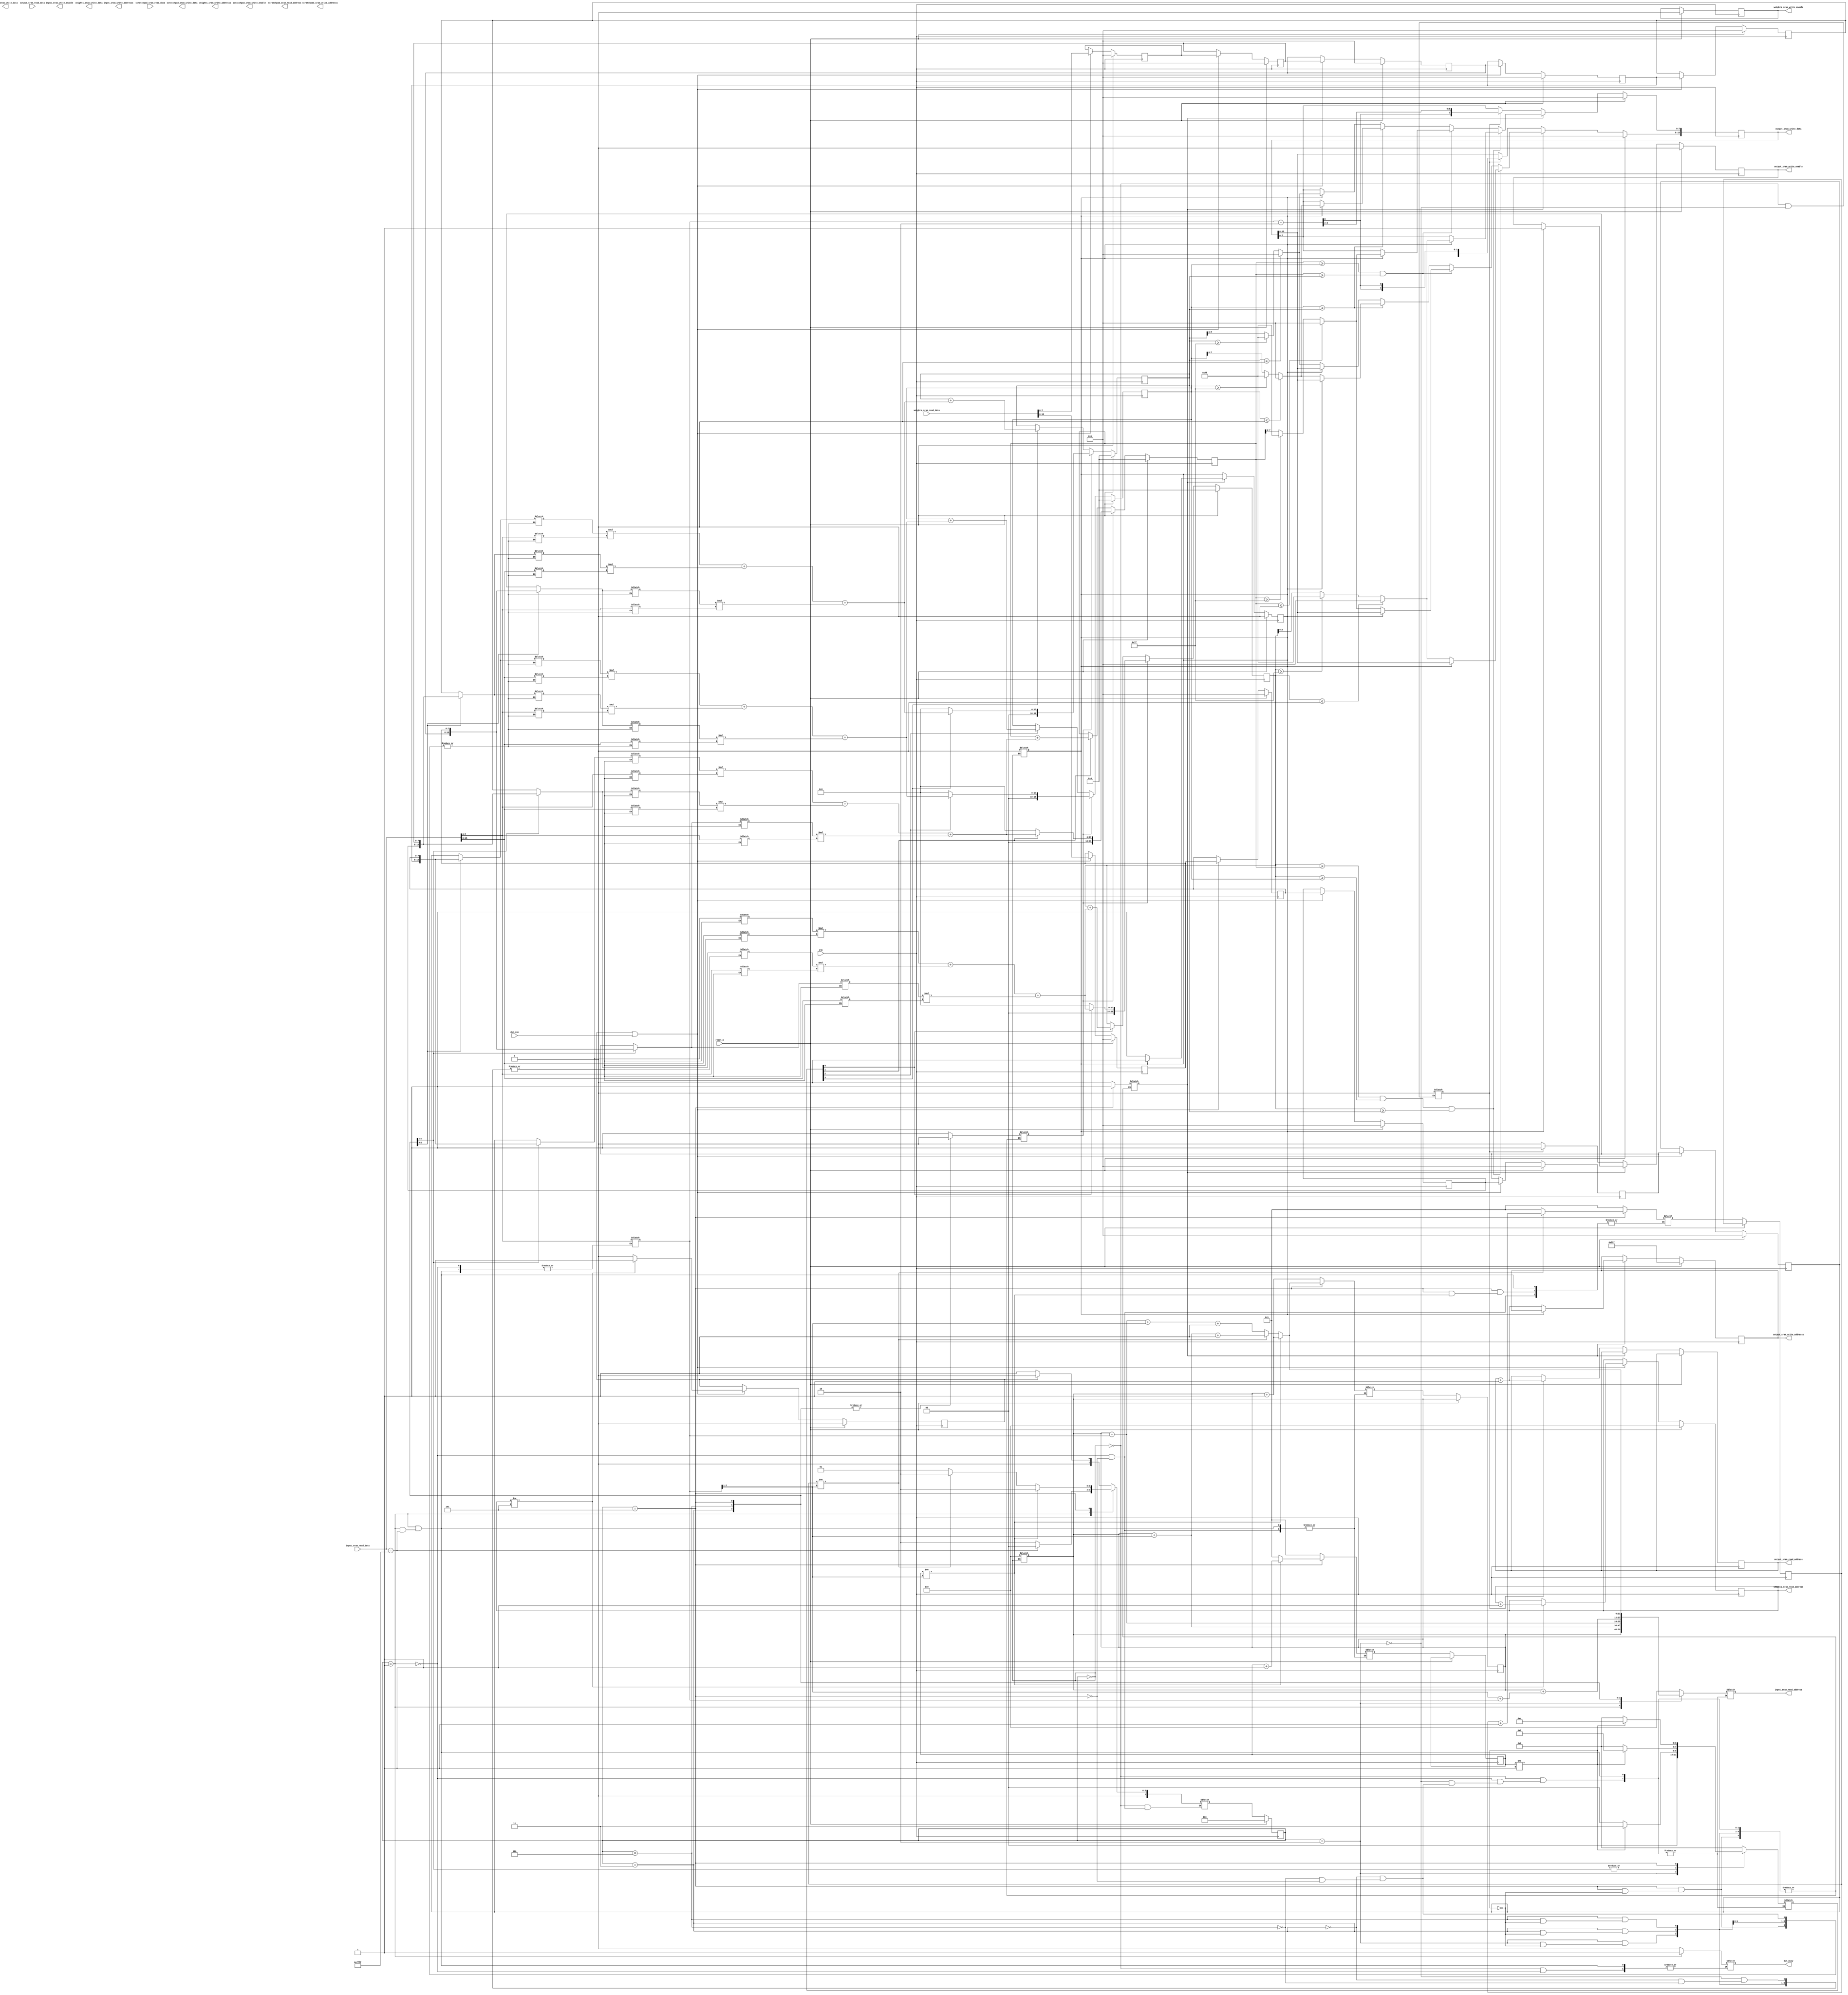
module MyDesign (
//---------------------------------------------------------------------------
//Control signals
  input   wire dut_run                    ,
  output  reg dut_busy                   ,
  input   wire reset_b                    ,
  input   wire clk                        ,

//---------------------------------------------------------------------------
//Input SRAM interface
  output reg        input_sram_write_enable    ,
  output reg [11:0] input_sram_write_addresss  ,
  output reg [15:0] input_sram_write_data      ,
  output reg [11:0] input_sram_read_address    ,
  input wire [15:0] input_sram_read_data       ,

//---------------------------------------------------------------------------
//Output SRAM interface
  output reg        output_sram_write_enable    ,
  output reg [11:0] output_sram_write_addresss   ,
  output reg [15:0] output_sram_write_data      ,
  output reg [11:0] output_sram_read_address    ,
  input wire [15:0] output_sram_read_data       ,

//---------------------------------------------------------------------------
//Scratchpad SRAM interface
  output reg        scratchpad_sram_write_enable    ,
  output reg [11:0] scratchpad_sram_write_addresss   ,
  output reg [15:0] scratchpad_sram_write_data      ,
  output reg [11:0] scratchpad_sram_read_address    ,
  input wire [15:0] scratchpad_sram_read_data       ,

//---------------------------------------------------------------------------
//Weights SRAM interface
  output reg        weights_sram_write_enable    ,
  output reg [11:0] weights_sram_write_addresss   ,
  output reg [15:0] weights_sram_write_data      ,
  output reg [11:0] weights_sram_read_address    ,
  input wire [15:0] weights_sram_read_data

);

//For General Operation~~~~~~~~~~~~~~~~~~~~~~~~~~
// parameter [2:0] //synopsys enum states
//   S0 = 3'b000, //Idle
//   S1 = 3'b001, //Init
//   S2 = 3'b010, // Conv&pooling
//   S4 = 3'b11, //Fully Conn
//   S5 = 3'b100; //Fin (necessary?)
// reg [2:0] current_state, next_state;


// For Convolution~~~~~~~~~~~~~~~~~~~~~~~~~~~~~~~


reg [7:0] N, row_accum, row_accum_next, col_accum, col_accum_next;
reg [11:0] target_origin, target_origin_next;
reg [2:0] state, next_state;
reg [7:0] input_00,input_10,input_20,input_30,input_01,input_11,input_21,input_31,input_in_00,input_in_10,input_in_20,input_in_30,input_in_01,input_in_11,input_in_21,input_in_31; //saves 2x4 matrix of inputs as they will be reused shortly
reg [19:0] conv_acc00 ,conv_acc01 ,conv_acc10 ,conv_acc11;
wire [19:0] conv_acc_in00 ,conv_acc_in01 ,conv_acc_in10 ,conv_acc_in11;
reg [7:0] k00,k01,k02,k10,k11,k12,k20,k21,k22,k30;//kernal
reg H_L_pool; //flag to show whether pool should be written to high or low order bits of scratch SRAM
reg conv_fin;
wire [15:0] mulout0, mulout1, mulout2, mulout3, mulout4, mulout5, mulout6, mulout7, mulout8, mulout9, mulout10, mulout11;// 12 multipliers used
reg [7:0] mulin00, mulin01, mulin10, mulin11, mulin20, mulin21, mulin30, mulin31, mulin40, mulin41, mulin50, mulin51, mulin60, mulin61, mulin70, mulin71, mulin80, mulin81, mulin90, mulin91, mulin100, mulin101, mulin110, mulin111;
reg [3:0] convolution_active; //activates convolutions on high;
reg convolution_reset;
reg pool, write_N;
reg startup;
wire [1:0] target_incr;
wire [7:0] high_order_input,low_order_input;








// always@(posedge clk) begin
//   if(!reset) current_state <= S0;
//   else current_state <= next_state;
// end
//
// always@(*) begin
//   casex (current_state)
//     S0 : begin
//
//     end
//     S1 : begin
//
//     end
//     S2 : begin
//
//     end
//     S3 : begin
//
//     endv
//     S4 : begin
//
//     end
//     S5 : begin
//
//     end
//   endcase
// end



//Initialization:~~~~~~~~~~~~~~~~~~~~~~~~~~~~~~~~~
//Reads N, kernal, and requests first row0 for conv





//Convolution:~~~~~~~~~~~~~~~~~~~~~~~~~~~~~~~~~~~~

// always@(*) begin Shouldn't need this anymore
//   case (substate)
//     2'b00 : input_sram_read_address = target_origin + (N>>2); //request row1
//     2'b01 : input_sram_read_address = target_origin + (N); //request row2
//     2'b10 : input_sram_read_address = target_origin + (N>>2) + N; //request row3
//     2'b11 : input_sram_read_address = target_origin; //request row0 (must be initialized here!!)
//   endcase
// end


//input processor
assign high_order_input = input_sram_read_data[15:8];
assign low_order_input = input_sram_read_data[7:0];
// always@(posedge clk) begin
//   if(!reset_b) begin
//     state <= 3'b000;
//   end
//   else if (convolution_active) begin
//     state <= next_state;
//   end
//   else state <= 3'b000;
// end
//12 multipliers for lots of speed (very big but very fast)
assign mulout0 = mulin00 * mulin01;
assign mulout1 = mulin10 * mulin11;
assign mulout2 = mulin20 * mulin21;
assign mulout3 = mulin30 * mulin31;
assign mulout4 = mulin40 * mulin41;
assign mulout5 = mulin50 * mulin51;
assign mulout6 = mulin60 * mulin61;
assign mulout7 = mulin70 * mulin71;
assign mulout8 = mulin80 * mulin81;
assign mulout9 = mulin90 * mulin91;
assign mulout10 = mulin100 * mulin101;
assign mulout11 = mulin110 * mulin111;
assign conv_acc_in00 = {4'b0000, mulout0} + {4'b0000, mulout1} + {4'b0000, mulout2};
assign conv_acc_in01 = {4'b0000, mulout3} + {4'b0000, mulout4} + {4'b0000, mulout5};
assign conv_acc_in10 = {4'b0000, mulout6} + {4'b0000, mulout7} + {4'b0000, mulout8};
assign conv_acc_in11 = {4'b0000, mulout9} + {4'b0000, mulout10} + {4'b0000, mulout11};

always @(posedge clk) begin
  if(!reset_b) begin
    begin
      state <= next_state;
      target_origin <= target_origin_next;
      col_accum <= col_accum_next;
      row_accum <= row_accum_next;
      if(startup | dut_run) begin//Get Ks
        k00 <= k02;
        k01 <= k10;
        k02 <= k11;
        k10 <= k12;
        k11 <= k20;
        k12 <= k21;
        k20 <= k22;
        k21 <= k30;
        k22 <= weights_sram_read_data[15:8];
        k30 <= weights_sram_read_data[7:0];
        if (weights_sram_read_address != 12'b0000_0000_0101) begin
          weights_sram_read_address <= weights_sram_read_address + 12'b0000_0000_0001;
          startup <= 1;
        end
        else startup <= 0;
      end
      //convolution calculator ~~~~~~~~~~~~~~~~~~~~~~~~~~~~~~~~~~~~~~~~~~~~~~~~~~~~~~~~~~~~~~~~~~~~~~~~~~~~~~~~~~~~~~~~~~~~~~~~~~~~
      if (!convolution_reset) begin
        conv_acc00 <= convolution_active[0] ? (conv_acc00 + conv_acc_in00) : conv_acc00;
        conv_acc01 <= convolution_active[1] ? (conv_acc01 + conv_acc_in01) : conv_acc01;
        conv_acc10 <= convolution_active[2] ? (conv_acc10 + conv_acc_in10) : conv_acc10;
        conv_acc11 <= convolution_active[3] ? (conv_acc11 + conv_acc_in11) : conv_acc11;
      end
      else begin //get ready for next convolution
        conv_acc00 <= convolution_active[0] ? (conv_acc_in00) : 20'b0000_0000_0000_0000_0000;
        conv_acc01 <= convolution_active[1] ? (conv_acc_in01) : 20'b0000_0000_0000_0000_0000;
        conv_acc10 <= convolution_active[2] ? (conv_acc_in10) : 20'b0000_0000_0000_0000_0000;
        conv_acc11 <= convolution_active[3] ? (conv_acc_in11) : 20'b0000_0000_0000_0000_0000;
      end
      if (pool) begin //pooling calculator~~~~~~~~~~~~~~~~~~~~~~~~~~~~~~~~~~~~~~~~~~~~~~~~~~~~~~~~~~~~~~~~~~~~~~~~~~~~~~~~~~~~~~~~~~~~~~~
        if (!H_L_pool) begin
          output_sram_write_addresss <= output_sram_read_address + 12'b0000_0000_0001;
          H_L_pool <= 1;
        end
        else begin
          H_L_pool <= 0;
          output_sram_write_enable <= 1;
        end
        if ((conv_acc00 >= conv_acc01) & (conv_acc00 >= conv_acc10) & (conv_acc00 >= conv_acc11)) begin
          if(!H_L_pool) begin
            if(conv_acc00 <= 0) output_sram_write_data[15:8] <= 8'b0000_0000;
            else if(conv_acc00 >= 20'b0000_0000_0000_0111_1111) output_sram_write_data[15:8] <= 8'b0111_1111;
            else output_sram_write_data[15:8] <= conv_acc00[7:0];
          end
          else begin
            if(conv_acc00 <= 0) output_sram_write_data[7:0] <= 8'b0000_0000;
            else if(conv_acc00 >= 20'b0000_0000_0000_0111_1111) output_sram_write_data[7:0] <= 8'b0111_1111;
            else output_sram_write_data[7:0] <= conv_acc00[7:0];
          end
        end
        else if ((conv_acc01 >= conv_acc10) & (conv_acc01 >= conv_acc11)) begin
          if(!H_L_pool) begin
            if(conv_acc01 <= 0) output_sram_write_data[15:8] <= 8'b0000_0000;
            else if(conv_acc01 >= 20'b0000_0000_0000_0111_1111) output_sram_write_data[15:8] <= 8'b0111_1111;
            else output_sram_write_data[15:8] <= conv_acc01[7:0];
          end
          else begin
            if(conv_acc01 <= 0) output_sram_write_data[7:0] <= 8'b0000_0000;
            else if(conv_acc01 >= 20'b0000_0000_0000_0111_1111) output_sram_write_data[7:0] <= 8'b0111_1111;
            else output_sram_write_data[7:0] <= conv_acc01[7:0];
          end
        end
        else if (conv_acc10 >= conv_acc11) begin
          if(!H_L_pool) begin
            if(conv_acc10 <= 0) output_sram_write_data[15:8] <= 8'b0000_0000;
            else if(conv_acc10 >= 20'b0000_0000_0000_0111_1111) output_sram_write_data[15:8] <= 8'b0111_1111;
            else output_sram_write_data[15:8] <= conv_acc10[7:0];
          end
          else begin
            if(conv_acc10 <= 0) output_sram_write_data[7:0] <= 8'b0000_0000;
            else if(conv_acc10 >= 20'b0000_0000_0000_0111_1111) output_sram_write_data[7:0] <= 8'b0111_1111;
            else output_sram_write_data[7:0] <= conv_acc10[7:0];
          end
        end
        else begin
          if(!H_L_pool) begin
            if(conv_acc11 <= 0) output_sram_write_data[15:8] <= 8'b0000_0000;
            else if(conv_acc11 >= 20'b0000_0000_0000_0111_1111) output_sram_write_data[15:8] <= 8'b0111_1111;
            else output_sram_write_data[15:8] <= conv_acc11[7:0];
          end
          else begin
            if(conv_acc11 <= 0) output_sram_write_data[7:0] <= 8'b0000_0000;
            else if(conv_acc11 >= 20'b0000_0000_0000_0111_1111) output_sram_write_data[7:0] <= 8'b0111_1111;
            else output_sram_write_data[7:0] <= conv_acc11[7:0];
          end
        end
      end
      else if (write_N) begin
        output_sram_write_enable <= 1;
        output_sram_write_data <= ((N - 2) >> 2);
        output_sram_read_address <= output_sram_read_address + 12'b0000_0000_0001;
      end
      else output_sram_write_enable <= 0;
    end
  end
  else begin //reset state~~~~~~~~~~~~~~~~~~~~~~~~~~~~~~~~~~~~~~~~~~~~~~~~~~~~~~~~
    state <= 3'b000;
    output_sram_write_enable <= 0;
    output_sram_write_data <= 16'b0000_0000_0000_0000;
    output_sram_write_addresss <= 12'b1111_1111_1111;
    weights_sram_read_address <= 12'b0000_0000_0000;
    weights_sram_write_enable <= 0;
    conv_acc00 <= 20'b0000_0000_0000_0000_0000;
    conv_acc01 <= 20'b0000_0000_0000_0000_0000;
    conv_acc10 <= 20'b0000_0000_0000_0000_0000;
    conv_acc11 <= 20'b0000_0000_0000_0000_0000;
    k00 <= 8'b0000_0000;
    k01 <= 8'b0000_0000;
    k02 <= 8'b0000_0000;
    k10 <= 8'b0000_0000;
    k11 <= 8'b0000_0000;
    k12 <= 8'b0000_0000;
    k20 <= 8'b0000_0000;
    k21 <= 8'b0000_0000;
    k22 <= 8'b0000_0000;
    k30 <= 8'b0000_0000;
    H_L_pool <= 0;
    startup <= 0;
  end
end

always @(*) begin
  case (state)
    3'b000 : begin
      dut_busy = 0;
      target_origin = 12'b0000_0000_0000;
      input_sram_read_address = 12'b0000_0000_0000;
      H_L_pool = 0;
      convolution_reset = 1'b1;
      convolution_active = 4'b0000;
      pool = 0;
      write_N = 0;
      conv_fin = 0;
      if (!startup) next_state = 3'b001;
      else next_state = 3'b000;
    end
    3'b001 : begin //Get N
      if (input_sram_read_data == 16'b1111_1111_1111_1111) begin
        conv_fin = 1;
        next_state = 3'b000;
      end
      else begin
        dut_busy = 1;
        N = input_sram_read_data[7:0]; //get N
        next_state = 3'b010;
        target_origin_next = target_origin + 12'b000000000001; //Move origin
        input_sram_read_address = target_origin; //request row0
        convolution_active = 4'b0000;
        convolution_reset = 1'b1;
        pool = 1'b0;
        // write_N = 1'b1;
        next_state = 3'b010;
        row_accum_next = 8'b0000_0001;
        col_accum_next = 8'b0000_0001;
      end
    end
    3'b010 : begin //reading row0
      input_sram_read_address = target_origin + {4'b0000,(N>>1)}; //request row1
      input_00 = high_order_input; //Might need to fix this....~~~~~~~~~~~~~~~~~~~~~~~~~~~~~~~~~~~~~~~~~~~~~~~~~~~~~~~~
      input_01 = low_order_input;
      input_10 = input_10;
      input_11 = input_11;
      input_20 = input_20;
      input_21 = input_21;
      input_30 = input_30;
      input_31 = input_31;
      write_N = 0;
      if(col_accum != 8'b0000_0001) begin //left matrix is populated, can start to calculate convolution.
        mulin00 = k00;
        mulin01 = input_00;

        mulin10 = k01;
        mulin11 = input_01;

        mulin20 = k02;
        mulin21 = high_order_input;


        mulin30 = k00;
        mulin31 = input_01;

        mulin40 = k01;
        mulin41 = high_order_input;

        mulin50 = k02;
        mulin51 = low_order_input;

        convolution_active = 4'b0011;//0 and 1 are active
        convolution_reset = 1'b1;//starting fresh
        pool = 1'b0;
      end
      else begin
        convolution_active = 4'b0000;//inactive convolution for now
      end
    end
    3'b011 : begin //reading row1
      input_sram_read_address = target_origin + {4'b000,(N)}; //request row2
      input_10 = high_order_input;
      input_11 = low_order_input;
      if(col_accum != 8'b0000_0001) begin

        mulin00 = k10;
        mulin01 = input_10;

        mulin10 = k11;
        mulin11 = input_11;

        mulin20 = k12;
        mulin21 = high_order_input;


        mulin30 = k10;
        mulin31 = input_11;

        mulin40 = k11;
        mulin41 = high_order_input;

        mulin50 = k12;
        mulin51 = low_order_input;


        mulin60 = k00;
        mulin61 = input_10;

        mulin70 = k01;
        mulin71 = input_11;

        mulin80 = k02;
        mulin81 = high_order_input;


        mulin90 = k00;
        mulin91 = input_11;

        mulin100 = k01;
        mulin101 = high_order_input;

        mulin110 = k02;
        mulin111 = low_order_input;

        convolution_active = 4'b1111;//all are active
        convolution_reset = 1'b0;
        pool = 1'b0;
      end
      else begin
        convolution_active = 4'b0000;//inactive convolution for now
      end
    end
    3'b100 : begin //reading row2
      input_sram_read_address = target_origin + {4'b0000,(N>>1) + N}; //request row3
      input_20 = high_order_input;
      input_21 = low_order_input;
      if(col_accum != 8'b0000_0001) begin

        mulin00 = k20;
        mulin01 = input_20;

        mulin10 = k21;
        mulin11 = input_21;

        mulin20 = k22;
        mulin21 = high_order_input;


        mulin30 = k20;
        mulin31 = input_21;

        mulin40 = k21;
        mulin41 = high_order_input;

        mulin50 = k22;
        mulin51 = low_order_input;


        mulin60 = k10;
        mulin61 = input_20;

        mulin70 = k11;
        mulin71 = input_21;

        mulin80 = k12;
        mulin81 = high_order_input;


        mulin90 = k10;
        mulin91 = input_21;

        mulin100 = k11;
        mulin101 = high_order_input;

        mulin110 = k12;
        mulin111 = low_order_input;

        convolution_active = 4'b1111;//all are active
        convolution_reset = 1'b0;
        pool = 0;
      end
      else begin
        convolution_active = 4'b0000;//inactive convolution for now
      end
    end
    3'b101 : begin //reading row3
      //Figure out request row0 of next column
      if (col_accum != (N>>1)) begin //not at end of first row yet
        target_origin_next = target_origin + 12'b0000_0000_0001;
        input_sram_read_address = target_origin + 12'b0000_0000_0001;
        col_accum_next = col_accum + 8'b0000_0001;
        next_state = 3'b010;
      end
      else if(row_accum != (N>>1)) begin // End of row, move to next row of convs
        target_origin_next = target_origin + (N>>1) + 12'b0000_0000_0001;//start of next row
        input_sram_read_address = target_origin + (N>>1) + 12'b0000_0000_0001;
        row_accum_next = row_accum + 8'b0000_0001;
        next_state = 3'b010;
        col_accum_next = 8'b0000_0001;
      end
      else begin //End of this image, go to next one starting at N
        row_accum_next = 8'b0000_0001;
        col_accum_next = 8'b0000_0001;
        next_state = 3'b001; //Get next N
        target_origin_next = target_origin + (N) + (N>>1) + 12'b0000_0000_0001;//start of next image
        input_sram_read_address = target_origin + (N) + (N>>1) + 12'b0000_0000_0001;
      end
      input_30 = high_order_input;
      input_31 = low_order_input;
      if(col_accum != 8'b0000_0001) begin //if not first col, we can start calculating convolutions

        mulin60 = k20;
        mulin61 = input_30;

        mulin70 = k21;
        mulin71 = input_31;

        mulin80 = k22;
        mulin81 = high_order_input;


        mulin90 = k20;
        mulin91 = input_31;

        mulin100 = k21;
        mulin101 = high_order_input;

        mulin110 = k22;
        mulin111 = low_order_input;

        convolution_active = 4'b1100;//3 and 2 are active
        convolution_reset = 1'b0;
        pool = 1;//begin pooling, all pixels hav been searched
      end
      else begin
        convolution_active = 4'b0000;
      end
    end
  endcase
end








endmodule